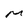
Character: M